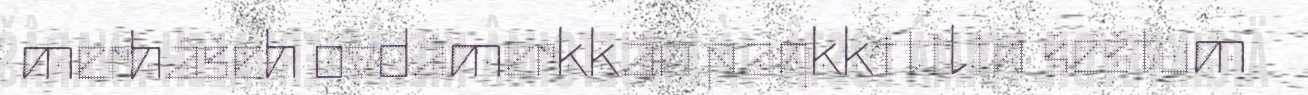
merhâšeh ovdâmerkkân paŋkkitilin šeštum